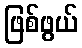
ဖြစ်ဖွယ်